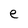
Character: e